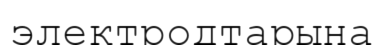
электродтарына